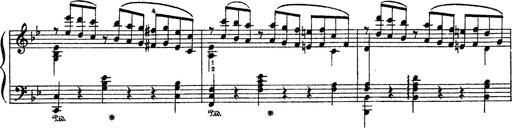
Title: Sarabande und Chaconne aus dem Singspiel
Composer: Franz Liszt